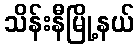
သိန်းနီမြို့နယ်